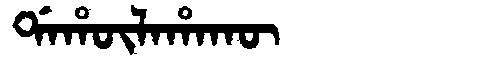
Manchu: ᡩᠠᡥᡡᠯᠠᡥᠠᡴᡡ
Romanization: DAHŪLAHAKŪ